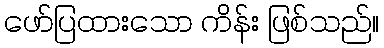
ဖော်ပြထားသော ကိန်း ဖြစ်သည်။